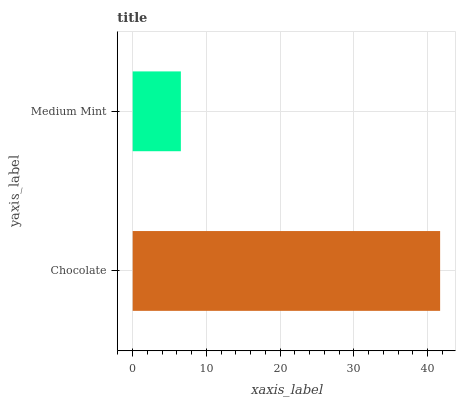
| yaxis_label | bars |
 | --- | --- |
 | Chocolate | 41.7 |
 | Medium Mint | 6.54 |